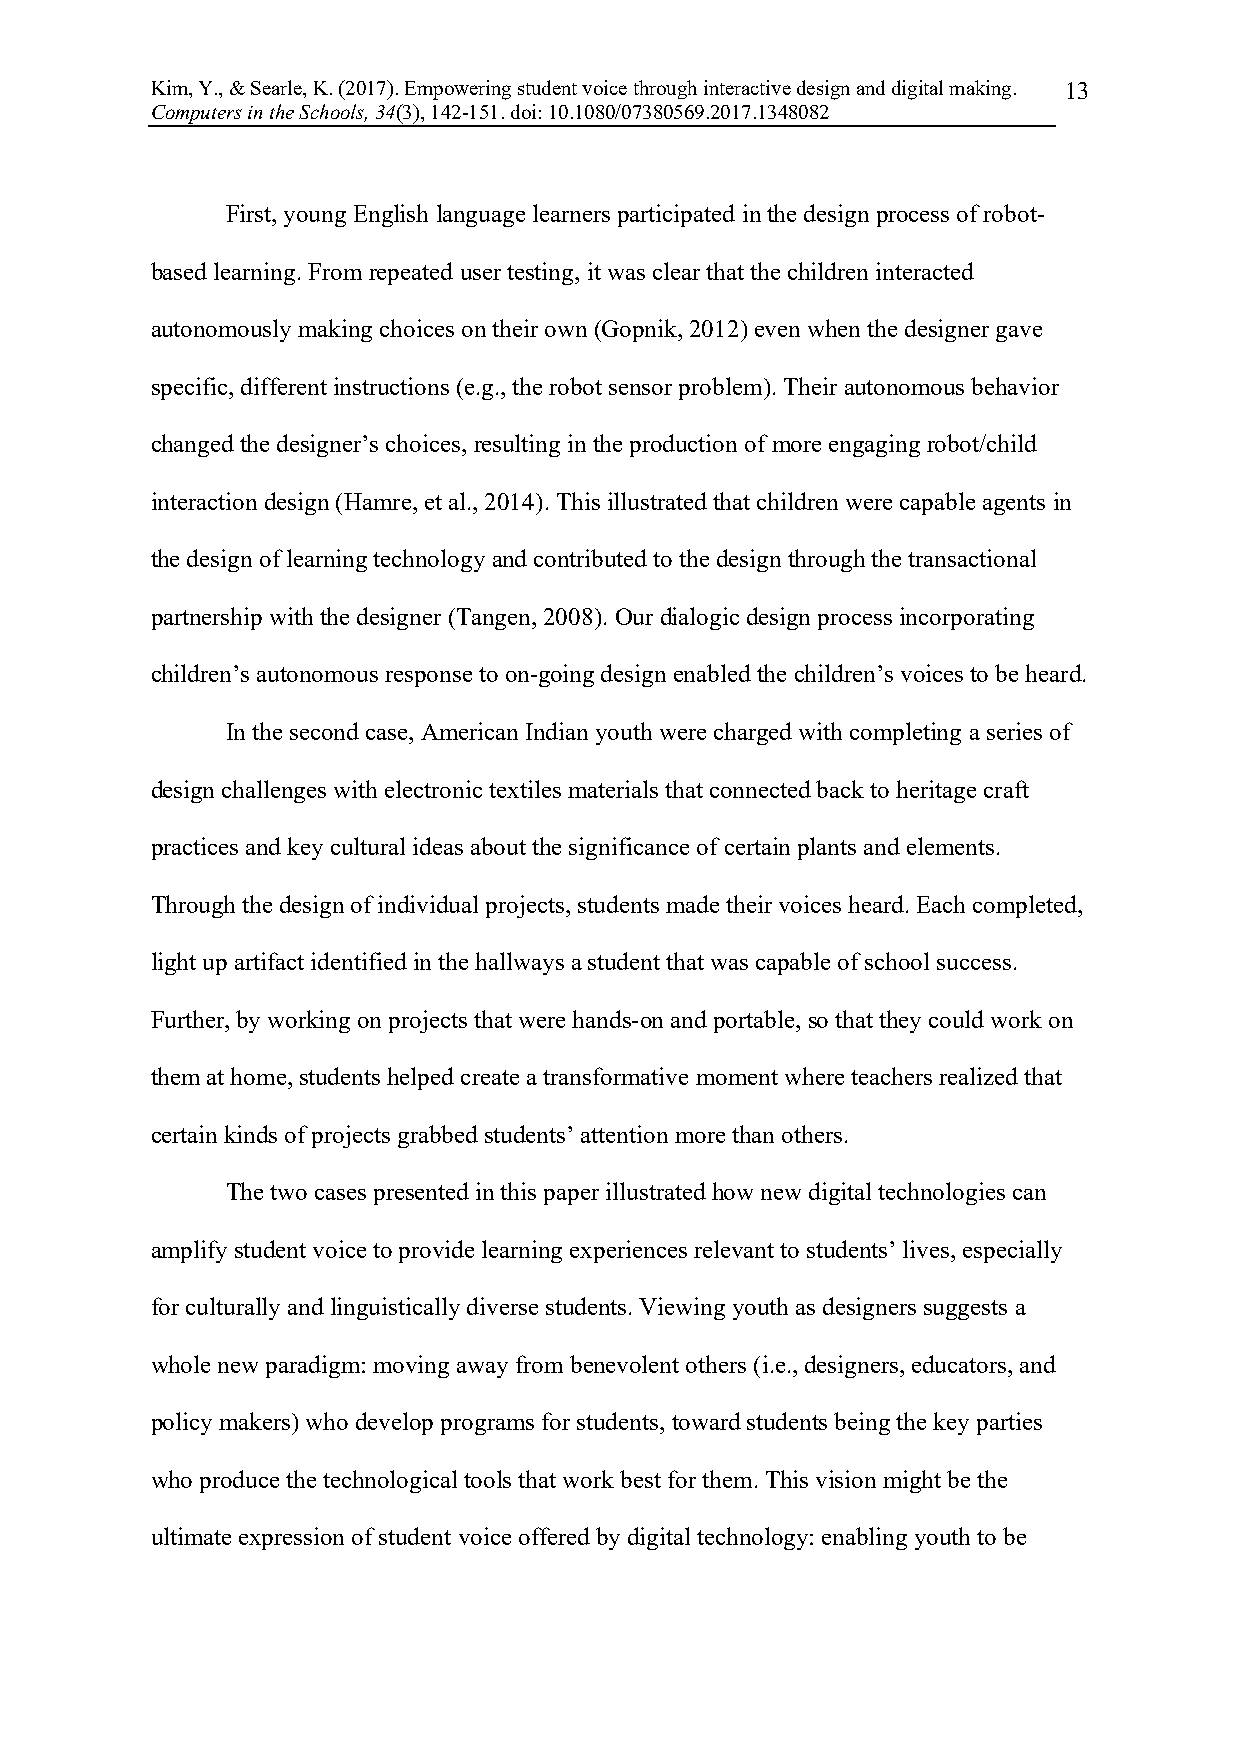
Kim, Y., & Searle, K. (2017). Empowering student voice through interactive design and digital making. 13
 Computers in the Schools, 34(3), 142-151. doi: 10.1080/07380569.2017.1348082
 First, young English language learners participated in the design process of robot-
 based learning. From repeated user testing, it was clear that the children interacted
 autonomously making choices on their own (Gopnik, 2012) even when the designer gave
 specific, different instructions (e.g., the robot sensor problem). Their autonomous behavior
 changed the designer’s choices, resulting in the production of more engaging robot/child
 interaction design (Hamre, et al., 2014). This illustrated that children were capable agents in
 the design of learning technology and contributed to the design through the transactional
 partnership with the designer (Tangen, 2008). Our dialogic design process incorporating
 children’s autonomous response to on-going design enabled the children’s voices to be heard.
 In the second case, American Indian youth were charged with completing a series of
 design challenges with electronic textiles materials that connected back to heritage craft
 practices and key cultural ideas about the significance of certain plants and elements.
 Through the design of individual projects, students made their voices heard. Each completed,
 light up artifact identified in the hallways a student that was capable of school success.
 Further, by working on projects that were hands-on and portable, so that they could work on
 them at home, students helped create a transformative moment where teachers realized that
 certain kinds of projects grabbed students’ attention more than others.
 The two cases presented in this paper illustrated how new digital technologies can
 amplify student voice to provide learning experiences relevant to students’ lives, especially
 for culturally and linguistically diverse students. Viewing youth as designers suggests a
 whole new paradigm: moving away from benevolent others (i.e., designers, educators, and
 policy makers) who develop programs for students, toward students being the key parties
 who produce the technological tools that work best for them. This vision might be the
 ultimate expression of student voice offered by digital technology: enabling youth to be